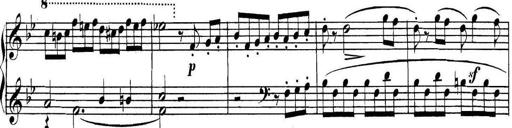
Title: Collected Piano Sonatas
Composer: Muzio Clementi